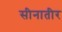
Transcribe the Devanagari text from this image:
सीनातीर